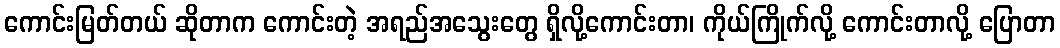
ကောင်းမြတ်တယ် ဆိုတာက ကောင်းတဲ့ အရည်အသွေးတွေ ရှိလို့ကောင်းတာ၊ ကိုယ်ကြိုက်လို့ ကောင်းတာလို့ ပြောတာ